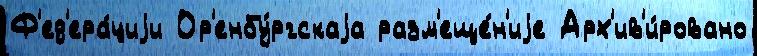
Ф'ед'ера́циjи Ор'енбу́ргскаjа разм'еще́н'иjе Арх'ив'и́ровано